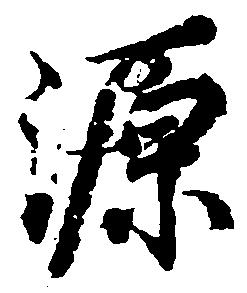
源